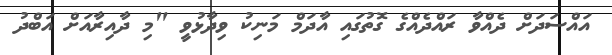
އައްސަދަށް ދެއްވާ ރައްދެއްގެ ގޮތުގައި އާދަމް މަނިކު ވިދާޅުވީ "މި ދާއިރާއަށް އަބްދު